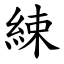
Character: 綀